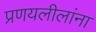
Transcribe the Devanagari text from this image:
प्रणयलीलांना